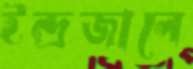
ইন্দ্রজালে